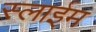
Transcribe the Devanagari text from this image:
स्लाईम